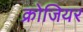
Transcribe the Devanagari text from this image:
क्रोजियर